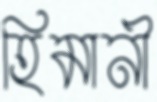
হিমানী